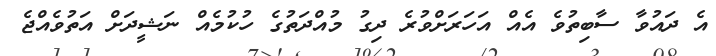
އެ ދައުވާ ސާބިތުވެ އެއް އަހަރަށްވުރެ ދިގު މުއްދަތުގެ ހުކުމެއް ނަޝީދަށް އަތުވެއްޖެ